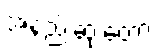
အနည်းဆုံးတော့